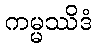
ကမ္မဿိဒံ